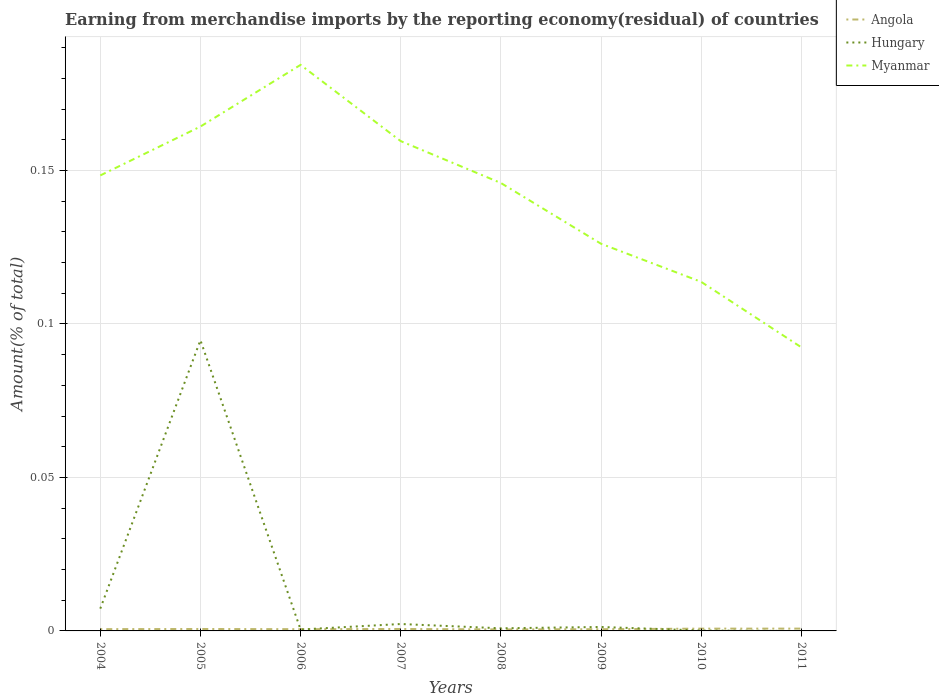
| Years | Angola | Hungary | Myanmar |
 | --- | --- | --- | --- |
 | 2004 | 0.000579 | 0.00726 | 0.148 |
 | 2005 | 0.000632 | 0.0947 | 0.164 |
 | 2006 | 0.000567 | 0.000457 | 0.184 |
 | 2007 | 0.000633 | 0.00225 | 0.16 |
 | 2008 | 0.000488 | 0.000853 | 0.146 |
 | 2009 | 0.000562 | 0.00129 | 0.126 |
 | 2010 | 0.000744 | 0.000132 | 0.114 |
 | 2011 | 0.000752 | -2.62e-05 | 0.0924 |